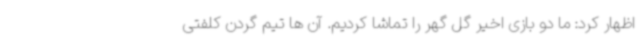
اظهار کرد: ما دو بازی اخیر گل گهر را تماشا کردیم. آن ها تیم گردن کلفتی